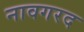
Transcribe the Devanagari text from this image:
नावगरद